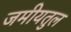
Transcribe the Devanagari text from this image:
जमीयतुल